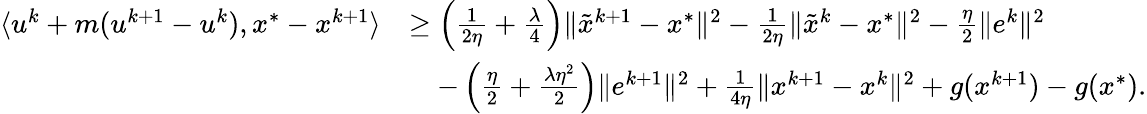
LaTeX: \begin{array}{rl}{\langle u^{k}+m(u^{k+1}-u^{k}),x^{*}-x^{k+1}\rangle}&{\geq\left(\frac{1}{2\eta}+\frac{\lambda}{4}\right)\| {\tilde{x}}^{k+1}-x^{*}\| ^{2}-\frac{1}{2\eta}\| {\tilde{x}}^{k}-x^{*}\| ^{2}-\frac{\eta}{2}\| e^{k}\| ^{2}}\\ &{\quad-\left(\frac{\eta}{2}+\frac{\lambda\eta^{2}}{2}\right)\| e^{k+1}\| ^{2}+\frac{1}{4\eta}\| x^{k+1}-x^{k}\| ^{2}+g(x^{k+1})-g(x^{*}).}\end{array}